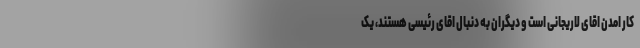
کار امدن اقای لاریجانی است و دیگران به دنبال اقای رئیسی هستند، یک